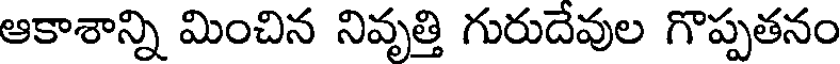
ఆకాశాన్ని మించిన నివృత్తి గురుదేవుల గొప్పతనం